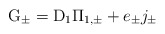
\begin{align*}{\rm G}_{\pm} = {\rm D}_{1} {\Pi}_{1,\pm} + e_{\pm} j_{\pm}\end{align*}